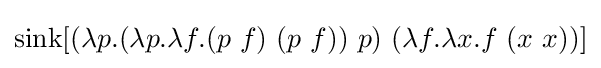
\operatorname {sink} [(\lambda p.(\lambda p.\lambda f.(p\ f)\ (p\ f))\ p)\ (\lambda f.\lambda x.f\ (x\ x))]